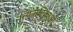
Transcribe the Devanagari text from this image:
नृत्यनाटिकाओं